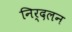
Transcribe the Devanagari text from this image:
निर्दलन